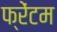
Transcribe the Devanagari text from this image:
फ्रेंटम